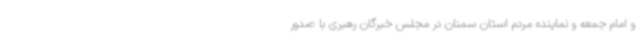
و امام جمعه و نماینده مردم استان سمنان در مجلس خبرگان رهبری با صدور